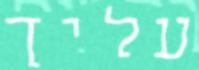
עליך